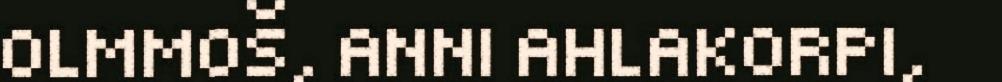
OLMMOŠ, ANNI AHLAKORPI,